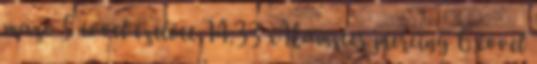
mazo 5 évvel ezelőtt 14:33 xHamster piercing 6 évvel